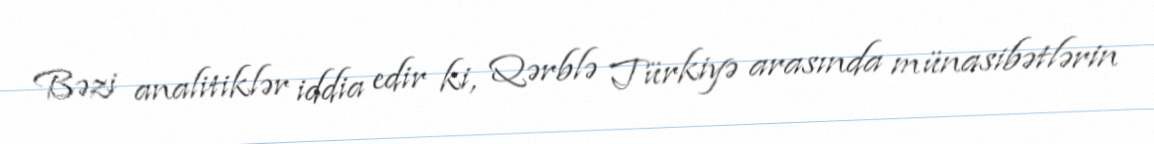
Bəzi analitiklər iddia edir ki, Qərblə Türkiyə arasında münasibətlərin